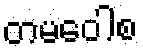
တမဝေါစ